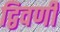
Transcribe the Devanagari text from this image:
द्विवर्णी